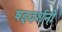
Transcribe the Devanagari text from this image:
षड्दर्शनी